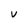
Character: V